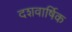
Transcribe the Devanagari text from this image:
दशवार्षिक